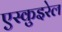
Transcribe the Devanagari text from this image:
एस्कुइरेल